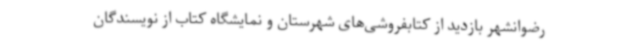
رضوانشهر بازدید از کتابفروشی‌های شهرستان و نمایشگاه کتاب از نویسندگان